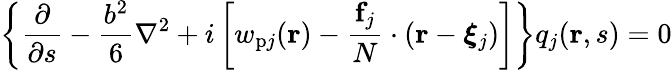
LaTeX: \left\{ \frac{\partial}{\partial s}-\frac{b^{2}}{6}\nabla^{2}+i\left[w_{\mathrm{p}j}(\mathbf{r})-\frac{\mathbf{f}_{j}}{N}\cdot(\mathbf{r}-\boldsymbol{\xi}_{j})\right]\right\} q_{j}(\mathbf{r},s)=0